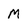
Character: M